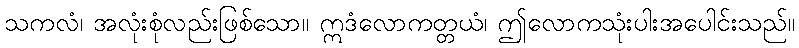
သကလံ၊ အလုံးစုံလည်းဖြစ်သော။ ဣဒံလောကတ္တယံ၊ ဤလောကသုံးပါးအပေါင်းသည်။